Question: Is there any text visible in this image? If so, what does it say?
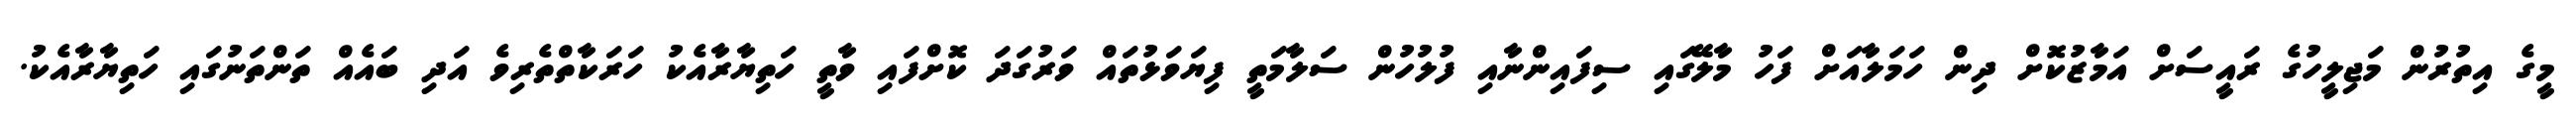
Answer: މީގެ އިތުރުން މަޖިލީހުގެ ރައީސަށް އަމާޒުކޮށް ދިން ހަމަލާއަށް ފަހު މާލޭގައި ސިފައިންނާއި ފުލުހުން ސަލާމަތީ ފިޔަވަޅުތައް ވަރުގަދަ ކޮށްފައި ވާތީ ހަތިޔާރާއެކު ހަރަކާތްތެރިވެ އަދި ބައެއް ތަންތަނުގައި ހަތިޔާރާއެކު.